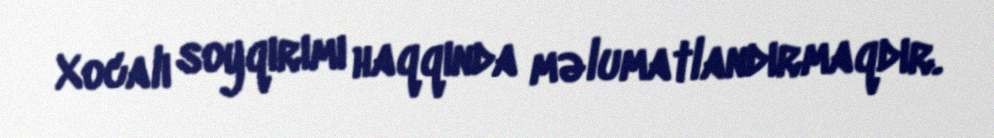
Xocalı soyqırımı haqqında məlumatlandırmaqdır.